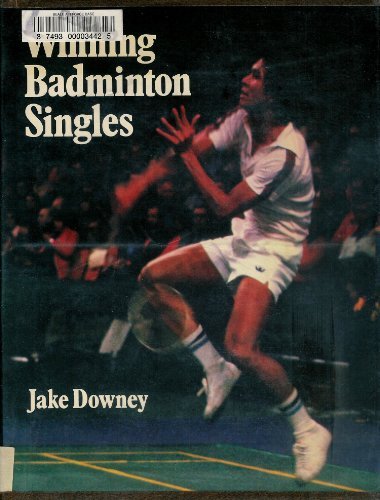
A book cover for Winning Badminton Singles: Theory and Practice of Attacking Singles Play; Jake Downey; Sports & Outdoors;